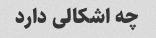
چه اشکالی دارد